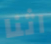
اثنا